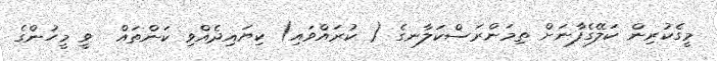
މީގެކުރިން ކަލޭގެފާނަށް ތިމަންރަސްކަލާނގެ ( ކުރައްވައި) ކިޔައިދެއްވި ކަންތައް  ވީ މީހުންގެ